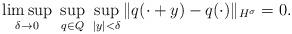
LaTeX: \begin{align*}\limsup_{\delta\to0} \ \sup_{q\in Q} \ \sup_{|y|<\delta}\|q(\cdot +y) - q(\cdot)\|_{H^\sigma} = 0.\end{align*}